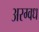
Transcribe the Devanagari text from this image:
अरग्वध